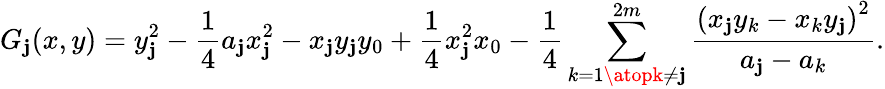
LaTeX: G_{\mathbf{j}}(x,y)=y_{\mathbf{j}}^{2}-{\frac{{1}}{{4}}}a_{\mathbf{j}}x_{\mathbf{j}}^{2}-x_{\mathbf{j}}y_{\mathbf{j}}y_{0}+{\frac{{1}}{{4}}}x_{\mathbf{j}}^{2}x_{0}-{\frac{{1}}{{4}}}\sum_{k=1\atopk\neq\mathbf{j}}^{2m}{\frac{{\left(x_{\mathbf{j}}y_{k}-x_{k}y_{\mathbf{j}}\right)^{2}}}{{a_{\mathbf{j}}-a_{k}}}}.